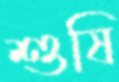
শুষি